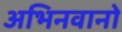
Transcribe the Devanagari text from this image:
अभिनवानो